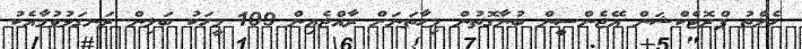
ހެލްތު ޕްރޮޓެކްޝަން އޭޖެންސީން ބުނާގޮތުން މިހާތަނަށް ރާއްޖެއިން 109 މީހަކު ބަލިން ރަނގަޅުވުމާއެކު